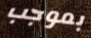
بموجب